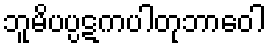
ဘူမိပပ္ပဋကပါတုဘာဝေါ